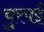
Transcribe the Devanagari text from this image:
चुरपई